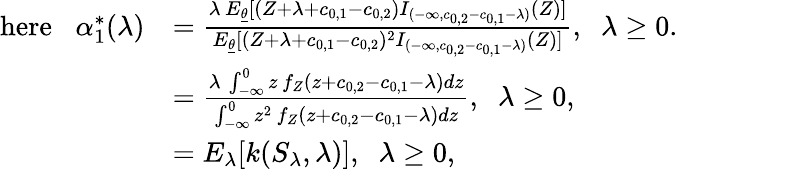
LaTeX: \begin{array}{rl}{\mathrm{here}\; \; \; \alpha_{1}^{*}(\lambda)}&{=\frac{\lambda\, E_{\underline{{\theta}}}[(Z+\lambda+c_{0,1}-c_{0,2})I_{(-\infty,c_{0,2}-c_{0,1}-\lambda)}(Z)]}{E_{\underline{{\theta}}}[(Z+\lambda+c_{0,1}-c_{0,2})^{2}I_{(-\infty,c_{0,2}-c_{0,1}-\lambda)}(Z)]},\; \; \lambda\geq 0.\qquad\qquad}\\ &{=\frac{\lambda\, \int_{-\infty}^{0}z\, f_{Z}(z+c_{0,2}-c_{0,1}-\lambda)dz}{\int_{-\infty}^{0}z^{2}\, f_{Z}(z+c_{0,2}-c_{0,1}-\lambda)dz},\; \; \lambda\geq 0,}\\ &{=E_{\lambda}[k(S_{\lambda},\lambda)],\; \; \lambda\geq 0,}\end{array}